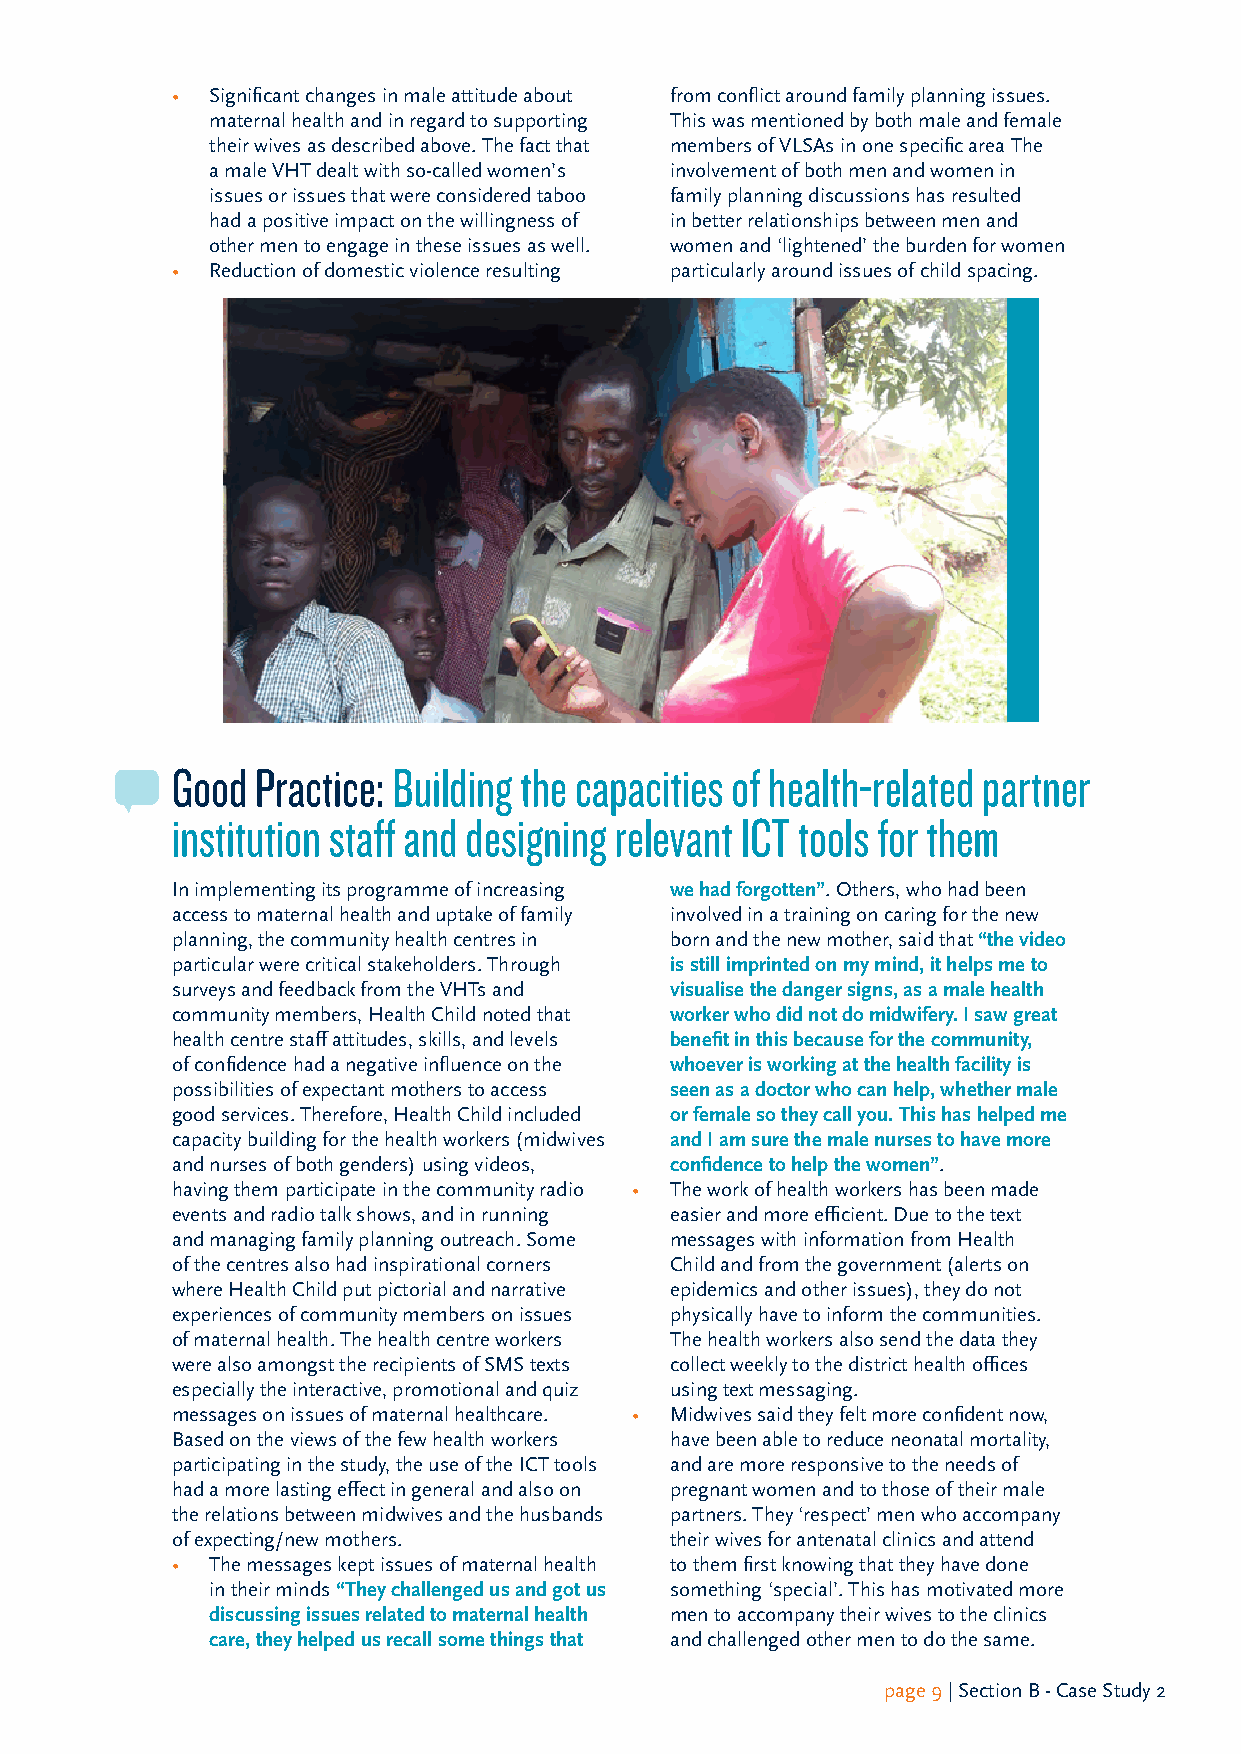
•  Significant changes in male attitude about from conflict around family planning issues.
 maternal health and in regard to supporting This was mentioned by both male and female
 their wives as described above. The fact that members of VLSAs in one specific area The
 a male VHT dealt with so-called women’s involvement of both men and women in
 issues or issues that were considered taboo family planning discussions has resulted
 had a positive impact on the willingness of in better relationships between men and
 other men to engage in these issues as well. women and ‘lightened’ the burden for women
 •  Reduction of domestic violence resulting particularly around issues of child spacing.
 Good  Practice: Building the capacities of health-related partner
 institution staff and designing relevant ICT tools for them
 In implementing its programme of increasing we had forgotten”. Others, who had been
 access to maternal health and uptake of family involved in a training on caring for the new
 planning, the community health centres in born and the new mother, said that “the video
 particular were critical stakeholders. Through is still imprinted on my mind, it helps me to
 surveys and feedback from the VHTs and visualise the danger signs, as a male health
 community members, Health Child noted that worker who did not do midwifery. I saw great
 health centre staff attitudes, skills, and levels benefit in this because for the community,
 of confidence had a negative influence on the whoever is working at the health facility is
 possibilities of expectant mothers to access seen as a doctor who can help, whether male
 good services. Therefore, Health Child included or female so they call you. This has helped me
 capacity building for the health workers (midwives and I am sure the male nurses to have more
 and nurses of both genders) using videos, confidence to help the women”.
 having them participate in the community radio • The work of health workers has been made
 events and radio talk shows, and in running easier and more efficient. Due to the text
 and managing family planning outreach. Some messages with information from Health
 of the centres also had inspirational corners Child and from the government (alerts on
 where Health Child put pictorial and narrative epidemics and other issues), they do not
 experiences of community members on issues physically have to inform the communities.
 of maternal health. The health centre workers The health workers also send the data they
 were also amongst the recipients of SMS texts collect weekly to the district health offices
 especially the interactive, promotional and quiz using text messaging.
 messages on issues of maternal healthcare. • Midwives said they felt more confident now,
 Based on the views of the few health workers have been able to reduce neonatal mortality,
 participating in the study, the use of the ICT tools and are more responsive to the needs of
 had a more lasting effect in general and also on pregnant women and to those of their male
 the relations between midwives and the husbands partners. They ‘respect’ men who accompany
 of expecting/new mothers.        their wives for antenatal clinics and attend
 •  The messages kept issues of maternal health to them first knowing that they have done
 in their minds “They challenged us and got us something ‘special’. This has motivated more
 discussing issues related to maternal health men to accompany their wives to the clinics
 care, they helped us recall some things that and challenged other men to do the same.
 page 9 | Section B - Case Study 2